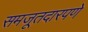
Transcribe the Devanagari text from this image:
समजूतदारपणे